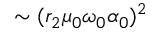
\sim ( r _ { 2 } \mu _ { 0 } \omega _ { 0 } \alpha _ { 0 } ) ^ { 2 }